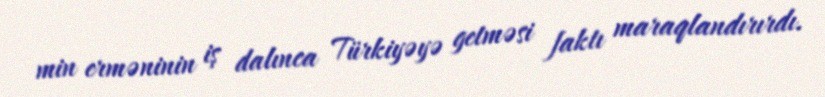
min erməninin iş dalınca Türkiyəyə getməsi faktı maraqlandırırdı.